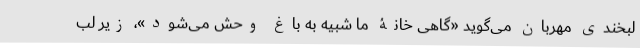
لبخندی مهربان می‌گوید «گاهی خانۀ ما شبیه به باغ وحش می‌شود»، زیر لب